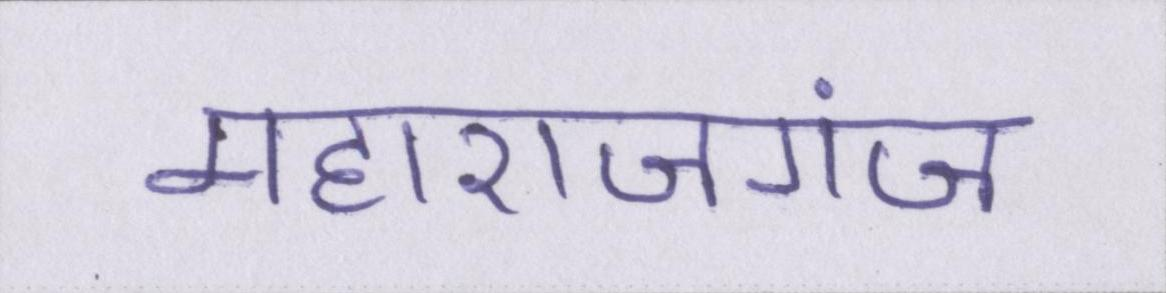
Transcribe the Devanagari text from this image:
महाराजगंज